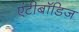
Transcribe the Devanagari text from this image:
एंटीबॉडिज